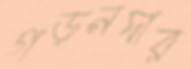
গড়নদার